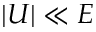
| U | \ll E